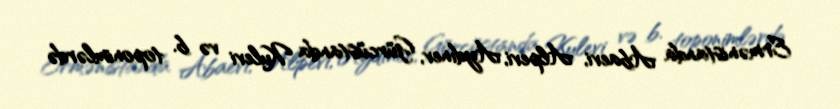
Ermənistanda Abaevi, Alpevi, Aydınev, Gürcüstanda Kulevi və b. toponimlərdə